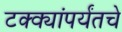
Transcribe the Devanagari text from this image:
टक्क्यांपर्यंतचे